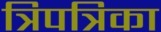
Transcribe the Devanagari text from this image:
त्रिपत्रिका